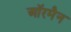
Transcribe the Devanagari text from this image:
ऑरमैन